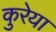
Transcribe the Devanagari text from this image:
कुरेया